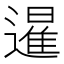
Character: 暹